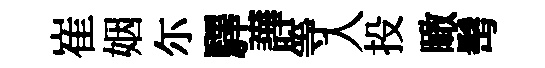
崔姻尓驛譁等入投瞰髩